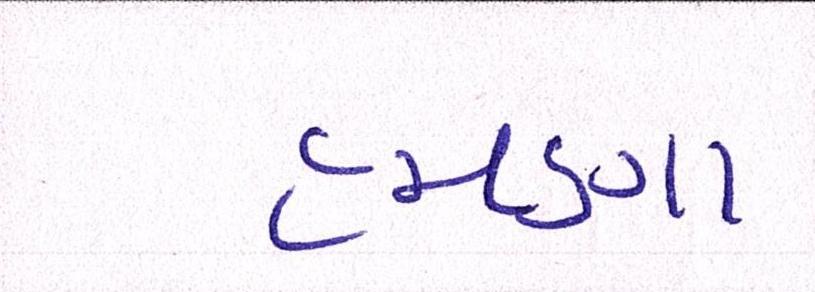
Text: હમણા